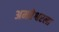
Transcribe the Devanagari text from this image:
अमरेश्वरला